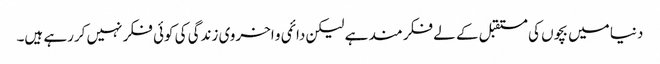
دنیا میں بچوں کی مستقبل کے لے فکر مند ہے لیکن دائمی و اخروی زندگی کی کوئی فکر نہیں کررہے ہیں۔